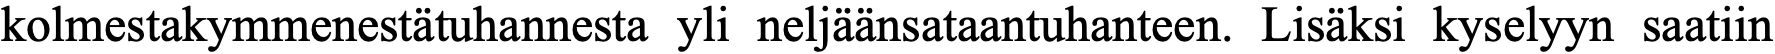
kolmestakymmenestätuhannesta yli neljäänsataantuhanteen. Lisäksi kyselyyn saatiin